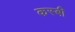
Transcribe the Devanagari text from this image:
कस्बी